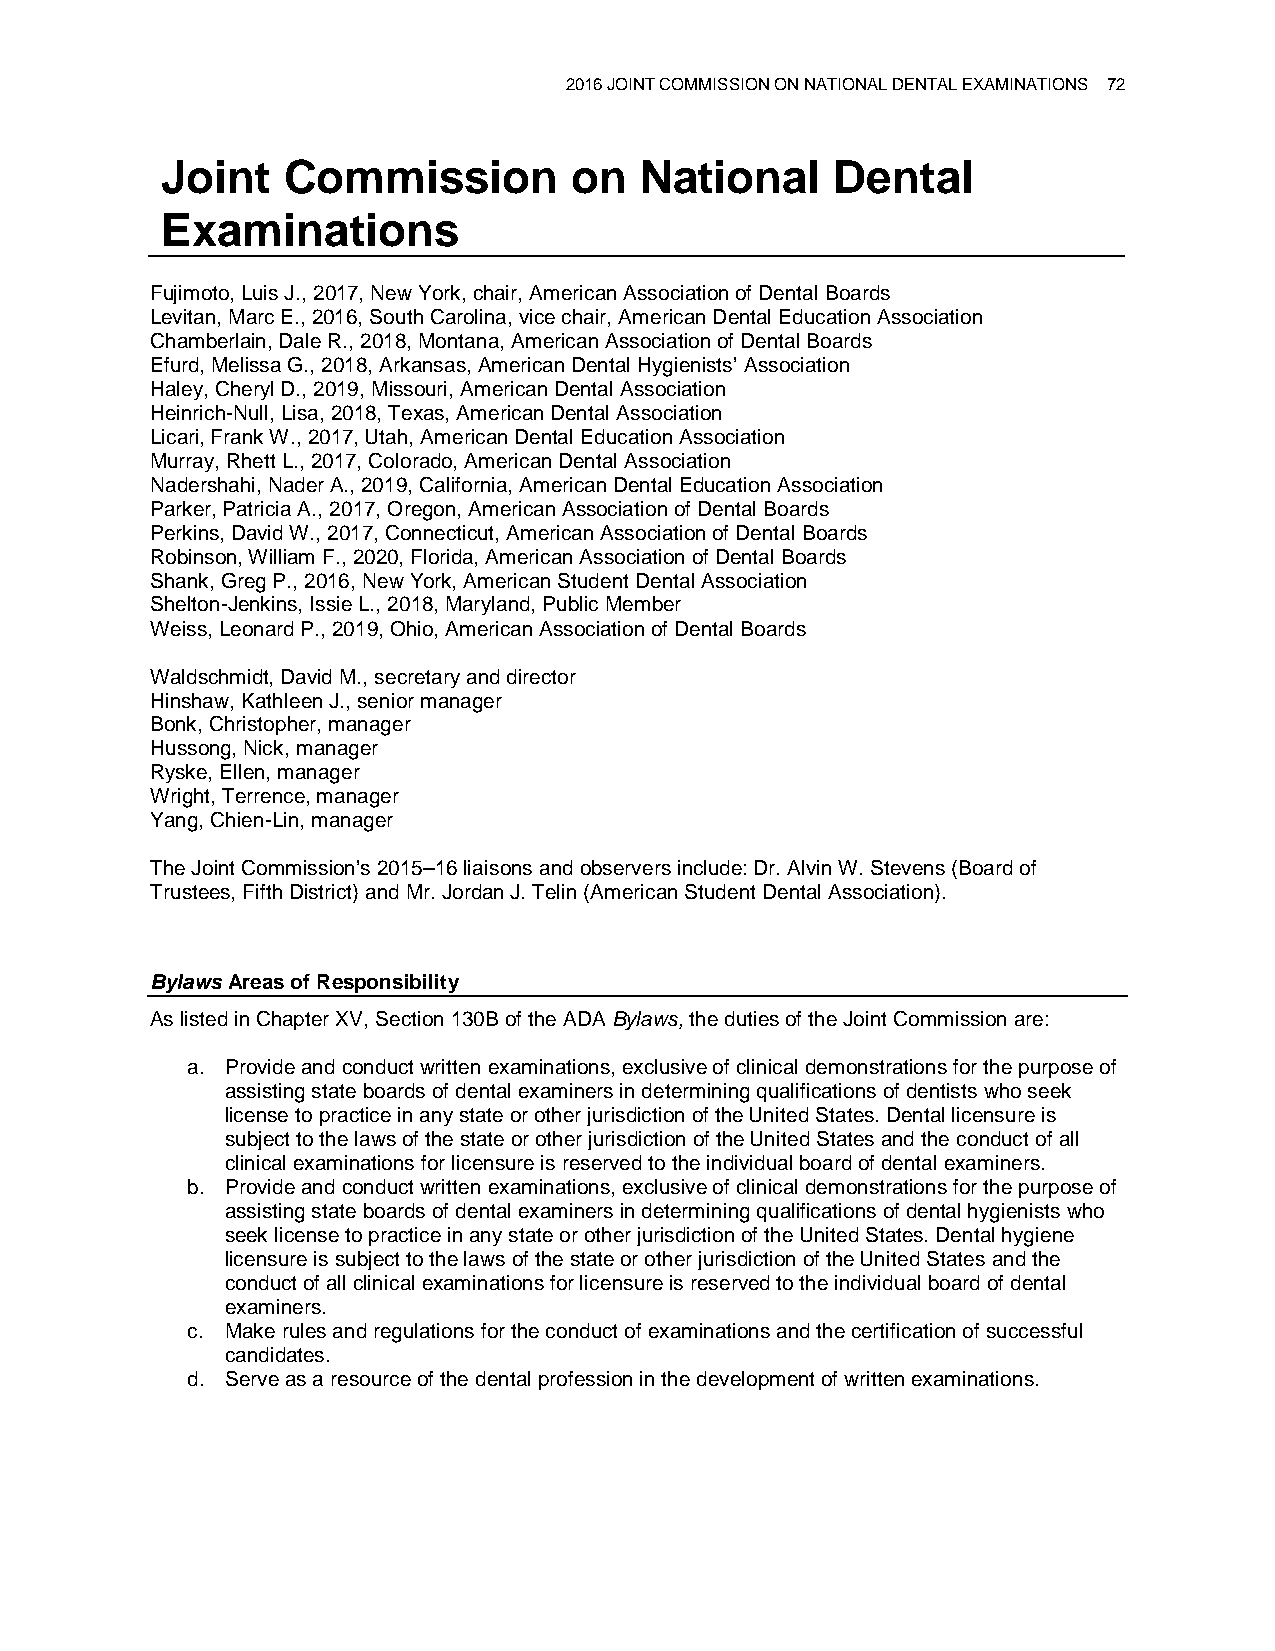
2016 JOINT COMMISSION ON NATIONAL DENTAL EXAMINATIONS 72
 Joint   Commission         on  National     Dental
 Examinations
 Fujimoto, Luis J., 2017, New York, chair, American Association of Dental Boards
 Levitan, Marc E., 2016, South Carolina, vice chair, American Dental Education Association
 Chamberlain, Dale R., 2018, Montana, American Association of Dental Boards
 Efurd, Melissa G., 2018, Arkansas, American Dental Hygienists’ Association
 Haley, Cheryl D., 2019, Missouri, American Dental Association
 Heinrich-Null, Lisa, 2018, Texas, American Dental Association
 Licari, Frank W., 2017, Utah, American Dental Education Association
 Murray, Rhett L., 2017, Colorado, American Dental Association
 Nadershahi, Nader A., 2019, California, American Dental Education Association
 Parker, Patricia A., 2017, Oregon, American Association of Dental Boards
 Perkins, David W., 2017, Connecticut, American Association of Dental Boards
 Robinson, William F., 2020, Florida, American Association of Dental Boards
 Shank, Greg P., 2016, New York, American Student Dental Association
 Shelton-Jenkins, Issie L., 2018, Maryland, Public Member
 Weiss, Leonard P., 2019, Ohio, American Association of Dental Boards
 Waldschmidt, David M., secretary and director
 Hinshaw, Kathleen J., senior manager
 Bonk, Christopher, manager
 Hussong, Nick, manager
 Ryske, Ellen, manager
 Wright, Terrence, manager
 Yang, Chien-Lin, manager
 The Joint Commission’s 2015–16 liaisons and observers include: Dr. Alvin W. Stevens (Board of
 Trustees, Fifth District) and Mr. Jordan J. Telin (American Student Dental Association).
 Bylaws Areas of Responsibility
 As listed in Chapter XV, Section 130B of the ADA Bylaws, the duties of the Joint Commission are:
 a. Provide and conduct written examinations, exclusive of clinical demonstrations for the purpose of
 assisting state boards of dental examiners in determining qualifications of dentists who seek
 license to practice in any state or other jurisdiction of the United States. Dental licensure is
 subject to the laws of the state or other jurisdiction of the United States and the conduct of all
 clinical examinations for licensure is reserved to the individual board of dental examiners.
 b. Provide and conduct written examinations, exclusive of clinical demonstrations for the purpose of
 assisting state boards of dental examiners in determining qualifications of dental hygienists who
 seek license to practice in any state or other jurisdiction of the United States. Dental hygiene
 licensure is subject to the laws of the state or other jurisdiction of the United States and the
 conduct of all clinical examinations for licensure is reserved to the individual board of dental
 examiners.
 c. Make rules and regulations for the conduct of examinations and the certification of successful
 candidates.
 d. Serve as a resource of the dental profession in the development of written examinations.